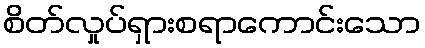
စိတ်လှုပ်ရှားစရာကောင်းသော